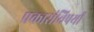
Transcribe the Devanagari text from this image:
प्रकारांविषयी